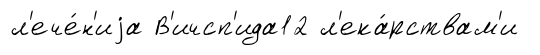
л'ече́н'иjа В'ичсп'ида12 л'ека́рствам'и